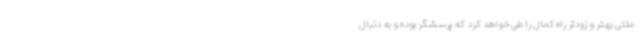
ملتی بهتر و زودتر راه کمال را طی خواهد کرد که پرسشگر بوده و به دنبال